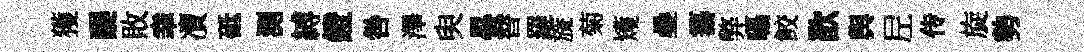
獲醍敗𦍒凟砥測縛鐙咎澤臾晷替羅旒菊矱疊纂弊囁鲛歆舆𡰱传旋勢